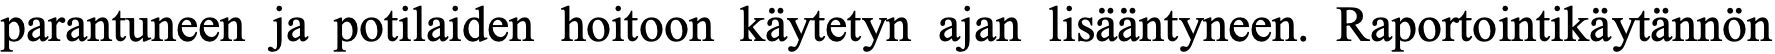
parantuneen ja potilaiden hoitoon käytetyn ajan lisääntyneen. Raportointikäytännön